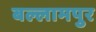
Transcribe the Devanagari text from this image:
बल्लामपुर